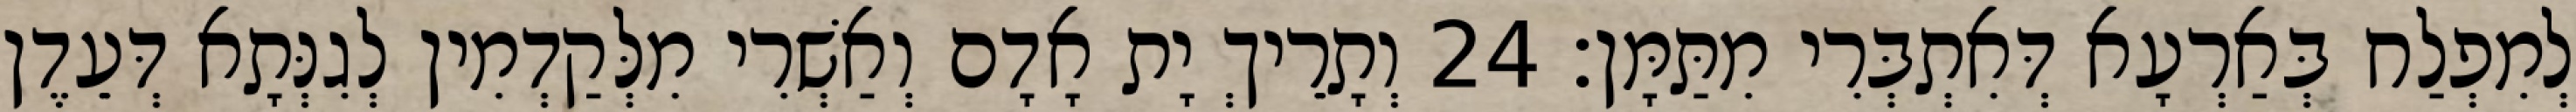
לְמִפְלַח בְּאַרְעָא דְּאִתְבְּרִי מִתַּמָּן׃ 24 וְתָרֵיךְ יָת אָדָם וְאַשְׁרִי מִלְּקַדְמִין לְגִנְּתָא דְּעֵדֶן